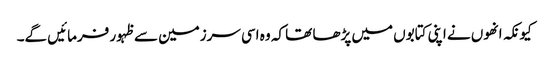
کیونکہ انھوں نے اپنی کتابوں میں پڑھا تھا کہ وہ اسی سرزمین سے ظہور فرمائیں گے۔